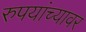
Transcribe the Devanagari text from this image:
रुपयांच्यावर